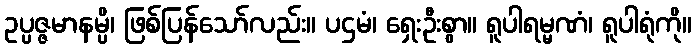
ဥပ္ပဇ္ဇမာနမ္ပိ၊ ဖြစ်ပြန်သော်လည်း။ ပဌမံ၊ ရှေးဦးစွာ။ ရူပါရမ္မဏံ၊ ရူပါရုံကို။